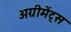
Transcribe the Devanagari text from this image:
अग्रीमेंट्स